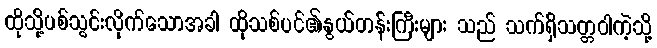
ထိုသို့ပစ်သွင်းလိုက်သောအခါ ထိုသစ်ပင်၏နွယ်တန်းကြီးများ သည် သက်ရှိသတ္တဝါကဲ့သို့